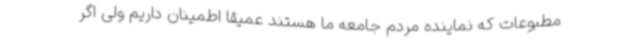
مطبوعات که نماینده مردم جامعه ما هستند عمیقا اطمینان داریم ولی اگر